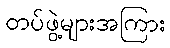
တပ်ဖွဲ့များအကြား